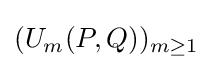
(U_{m}(P,Q))_{m\geq 1}